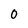
Character: 0